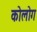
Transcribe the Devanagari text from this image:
कोलोग